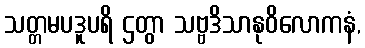
သတ္တမပဒူပရိ ဌတွာ သဗ္ဗဒိသာနုဝိလောကနံ,